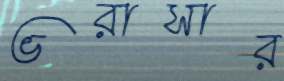
ভরাসার